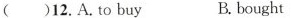
()12.A. to buy B.bought